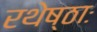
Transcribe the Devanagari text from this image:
रथेष्ठाः